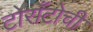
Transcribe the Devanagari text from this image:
टोराँटोची